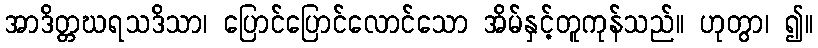
အာဒိတ္တဃရသဒိသာ၊ ပြောင်ပြောင်လောင်သော အိမ်နှင့်တူကုန်သည်။ ဟုတွာ၊ ၍။